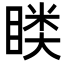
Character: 𭿎